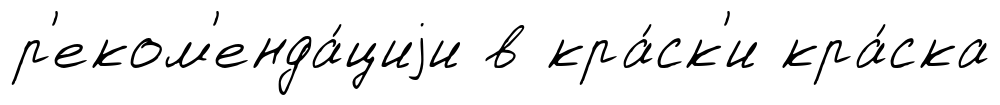
р'еком'енда́циjи в кра́ск'и кра́ска